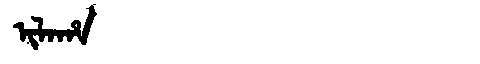
Manchu: ᡳᠯᠠᡥᠠ
Romanization: ILAHA